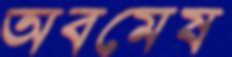
অবমেষ